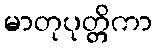
မာတုပုတ္တိကာ